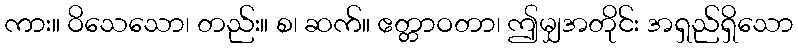
ကား။ ဝိသေသော၊ တည်း။ စ၊ ဆက်။ ဧတ္တာဝတာ၊ ဤမျှအတိုင်း အရှည်ရှိသော